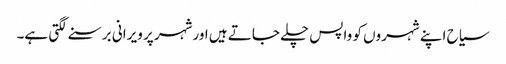
سیاح اپنے شہروں کو واپس چلے جاتے ہیں اورشہر پر ویرانی برسنے لگتی ہے۔